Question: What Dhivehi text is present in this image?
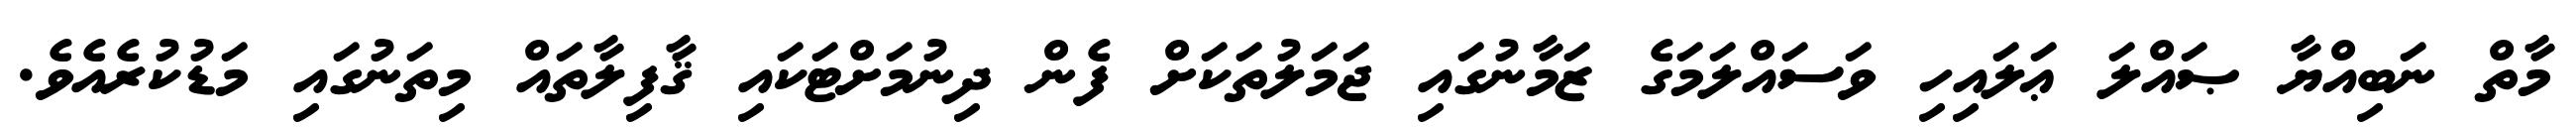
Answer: މާތް ނަބިއްޔާ ޞައްލަ ޢަލައިހި ވަސައްލަމަގެ ޒަމާނުގައި ޖަމަލުތަކަށް ފެން ދިނުމަށްޓަކައި ޤާފިލާތައް މިތަނުގައި މަޑުކުރެއެވެ.